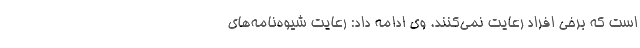
است که برخی افراد رعایت نمی‌کنند. وی ادامه داد: رعایت شیوه‌نامه‌های